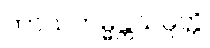
ကာယကမ္မန္တသမ္ပတ္တိ